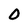
Character: 0